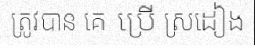
ត្រូវបាន គេ ប្រើ ស្រដៀង